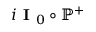
i \textbf { I } _ { 0 } \circ \mathbb { P } ^ { + }